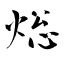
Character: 焧